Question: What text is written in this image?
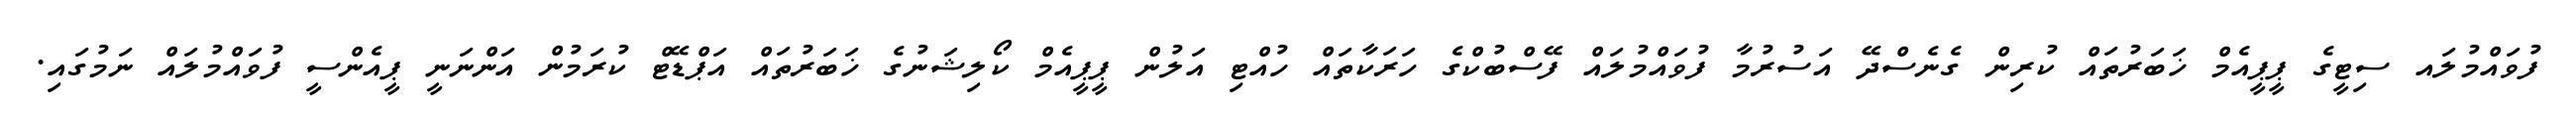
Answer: ފުވައްމުލައ ސިޓީގެ ޕީޕީއެމް ޚަބަރުތައް ކުރިން ގެނެސްދޭ އަސުރުމާ ފުވައްމުލައް ފޭސްބުކްގެ ހަރަކާތައް ހުއްޓި އަލުން ޕީޕީއެމް ކޯލިޝަނުގެ ޚަބަރުތައް އަޕްޑޭޓް ކުރަމުން އަންނަނީ ޕީއެންސީ ފުވައްމުލައް ނަމުގައި.